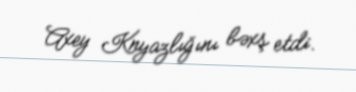
Axey Knyazlığını bəxş etdi.